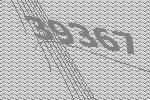
39367